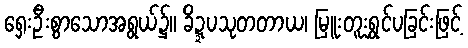
ရှေးဦးစွာသောအရွယ်၌။ ခိဍ္ဍပသုတတာယ၊ မြူးတူးရွှင်ပခြင်းဖြင့်